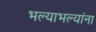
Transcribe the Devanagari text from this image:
भल्याभल्यांना